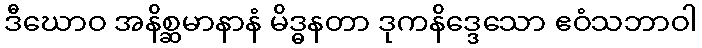
ဒီဃောဝ အနိစ္ဆမာနာနံ မိဒ္ဓနတာ ဒုကနိဒ္ဒေသော ဧဝံသဘာဝါ